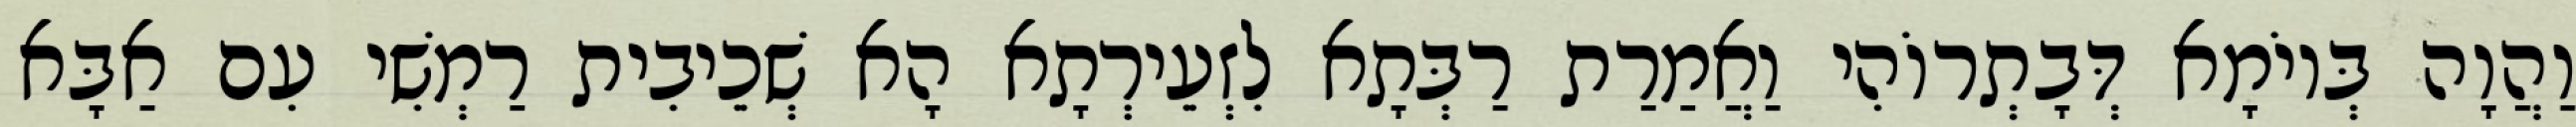
וַהֲוָה בְּיוֹמָא דְּבָתְרוֹהִי וַאֲמַרַת רַבְּתָא לִזְעֵירְתָא הָא שְׁכֵיבִית רַמְשִׁי עִם אַבָּא